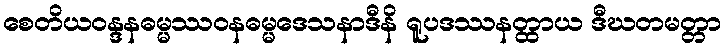
စေတိယဝန္ဒနဓမ္မဿဝနဓမ္မဒေသနာဒီနိ ရူပဒဿနတ္ထာယ ဒီဃတမတ္တာ